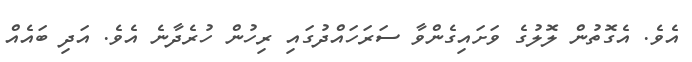
އެވެ. އެގޮތުން ލޮލުގެ ވަށައިގެންވާ ސަރަހައްދުގައި ރިހުން ހުރެދާނެ އެވެ. އަދި ބައެއް